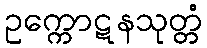
ဥက္ကောဋနသုတ္တံ